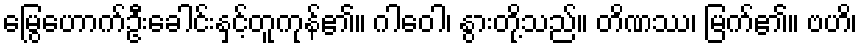
မြွေဟောက်ဦးခေါင်းနှင့်တူကုန်၏။ ဂါဝေါ၊ နွားတို့သည်။ တိဏဿ၊ မြက်၏။ ဗဟိ၊